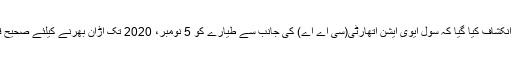
رپورٹ میں یہ انکشاف کیا گیا کہ سول ایوی ایشن اتھارٹی(سی اے اے) کی جانب سے طیارے کو 5 نومبر، 2020 تک اڑان بھرنے کیلئے صحیح قرار دیا گیا تھا۔